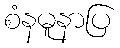
စံနမူနာပြ